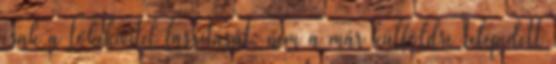
csak a tőkekivitel lassítását, nem a már külföldre telepedett